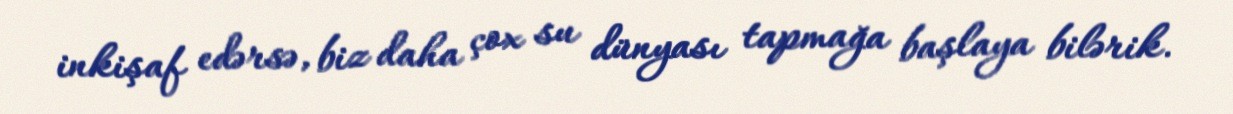
inkişaf edərsə, biz daha çox su dünyası tapmağa başlaya bilərik.